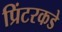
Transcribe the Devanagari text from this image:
प्रिंटरकडे